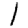
Digit: 1